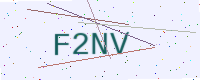
Text: F2NV